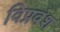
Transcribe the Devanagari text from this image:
विप्रवंश